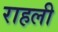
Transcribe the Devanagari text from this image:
राहली